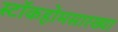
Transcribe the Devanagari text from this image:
स्टॉकहोमसारख्या